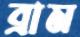
ব্রাম